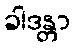
ခါဒန္တာ